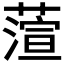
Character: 𮶵